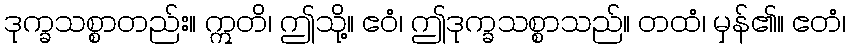
ဒုက္ခသစ္စာတည်း။ ဣတိ၊ ဤသို့။ ဧဝံ၊ ဤဒုက္ခသစ္စာသည်။ တထံ၊ မှန်၏။ ဧတံ၊